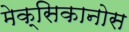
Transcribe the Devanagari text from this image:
मेक्सिकानोस